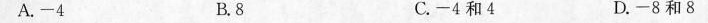
A.-4 B.8 C.-4和4 D.-8和8